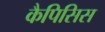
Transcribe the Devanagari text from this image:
कैपिसिस